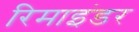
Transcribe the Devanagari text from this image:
रिमाइंडर